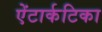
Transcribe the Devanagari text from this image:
ऐंटार्कटिका